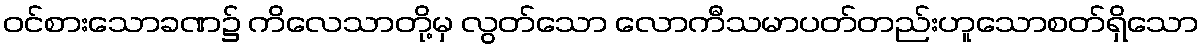
ဝင်စားသောခဏ၌ ကိလေသာတို့မှ လွတ်သော လောကီသမာပတ်တည်းဟူသောစတ်ရှိသော